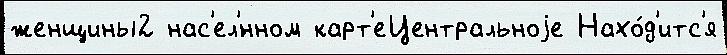
женщины2 нас'ел'́нном карт'еЦентральноjе Нахо́д'итс'я